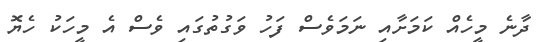
ދާނެ މީހެއް ކަމަށާއި ނަމަވެސް ފަހު ވަގުތުގައި ވެސް އެ މީހަކު ހެޔޮ